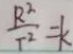
\frac { R ^ { 2 } } { T ^ { 2 } } = k